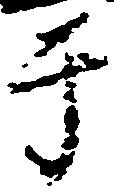
于